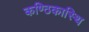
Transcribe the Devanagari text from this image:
कण्ठिकास्थि